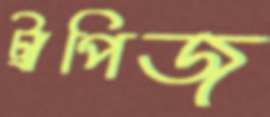
ট্রাপিজ